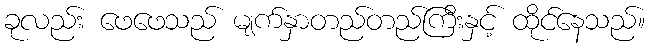
ခုလည်း ဖေဖေသည် မျက်နှာတည်တည်ကြီးနှင့် ထိုင်နေသည်။